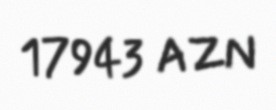
17943 AZN